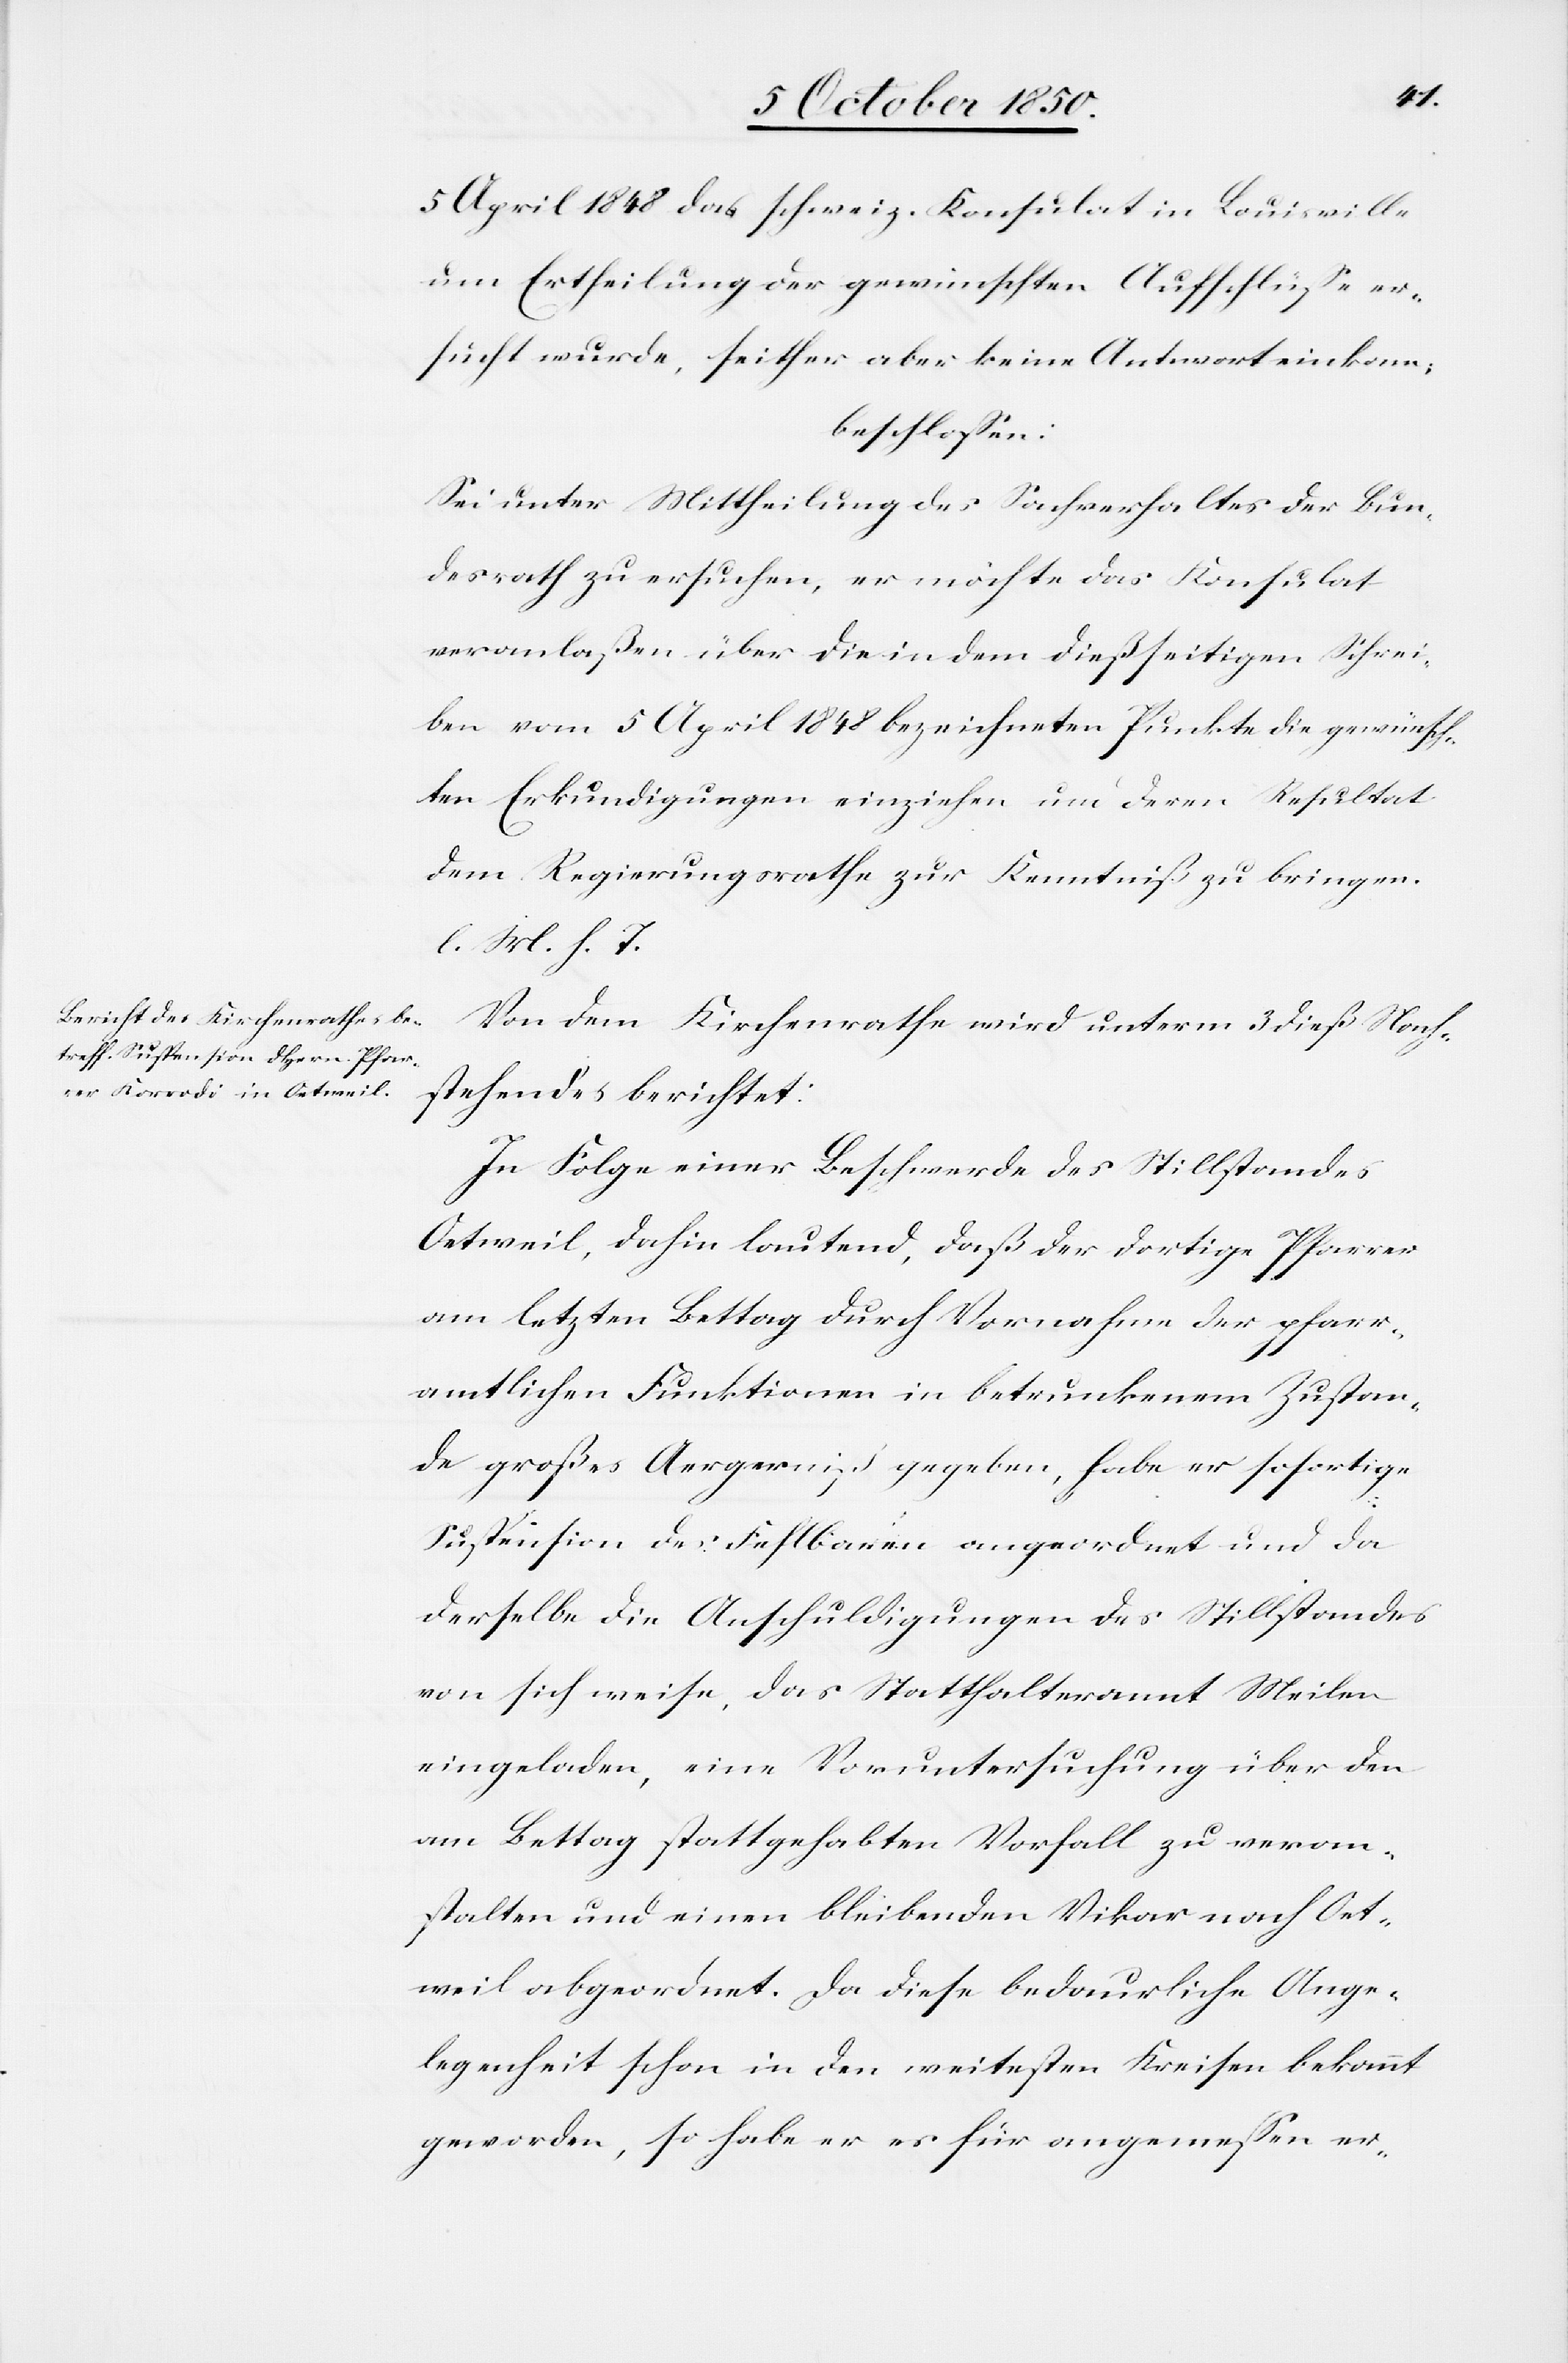
5 April 1848 das schweiz. Konsulat in Louisville
um Ertheilung der gewünschten Aufschlüsse er¬
sucht wurde, seither aber keine Antwort einkam;
beschlossen:
Sei unter Mittheilung des Sachverhaltes der Bun¬
desrath zu ersuchen, er möchte das Konsulat
veranlaßen über die in dem dießseitigen Schrei¬
ben vom 5 April 1848 bezeichneten Punkte die gewünsch¬
ten Erkundigungen einziehen um deren Resultat
dem Regierungsrathe zur Kenntniß zu bringen.
l. M. h. T.
Von dem Kirchenrathe wird unterm 3 dieß Nach¬
stehendes berichtet:
In Folge einer Beschwerde des Stillstandes
Oetweil, dahin lautend, daß der dortige Pfarrer
am letzten Bettag durch Vornahme der pfarr¬
amtlichen Funktionen in betrunkenem Zustan¬
de großes Aergerniß gegeben, habe er sofortige
Suspension des Fehlbaren angeordnet und da
derselbe die Anschuldigungen des Stillstandes
von sich weise, das Statthalteramt Meilen
eingeladen, eine Voruntersuchung über den
am Bettag stattgehabten Vorfall zu veran¬
stalten und einen bleibenden Vikar nach Oet¬
weil abgeordnet. Da diese bedaurliche Ange¬
legenheit schon in den weitesten Kreisen bekannt
geworden, so habe er es für angemessen er-